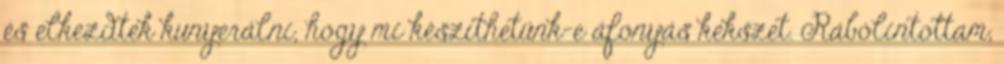
és elkezdtek kunyerálni, hogy mi készíthetünk-e áfonyás kekszet. Rábólintottam,